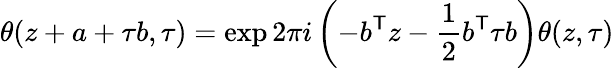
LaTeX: \theta(z+a+\tau b,\tau)=\exp 2\pi i\left(-b^{\mathsf{T}}z-{\frac{1}{2}}b^{\mathsf{T}}\tau b\right)\theta(z,\tau)